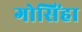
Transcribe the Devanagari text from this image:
गोसिंहा